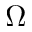
\boldsymbol \Omega